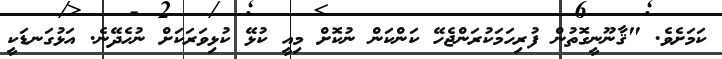
ކަމަށެވެ. "ޤާނޫނީގޮތުން ފުރިހަމަކުރަންޖެހޭ ކަންކަން ނުކޮށް މިއީ ކުޅޭ ކުޅިވަރަކަށް ނުހެދޭނެ. އަޅުގަނޑަކީ